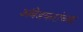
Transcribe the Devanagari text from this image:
अंबेडकरांच्या